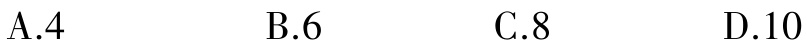
A.4

B.6

C.8

D.10